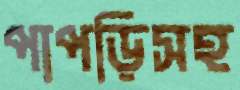
পাপড়িসহ